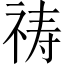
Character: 祷